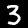
Digit: 3